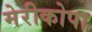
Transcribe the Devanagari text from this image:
मेरीकोपा